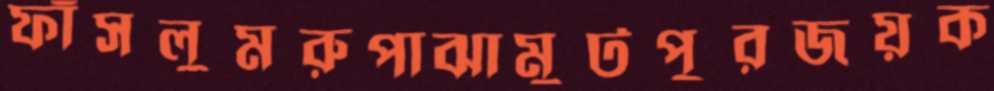
ফাঁসলুমরুপাঝামুটপুরজয়ক